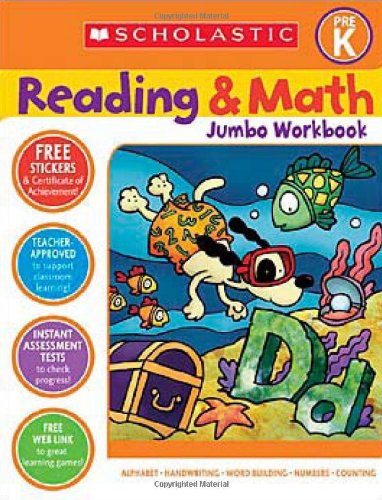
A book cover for Scholastic Pre-K Reading & Math Jumbo Workbook; Test Preparation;